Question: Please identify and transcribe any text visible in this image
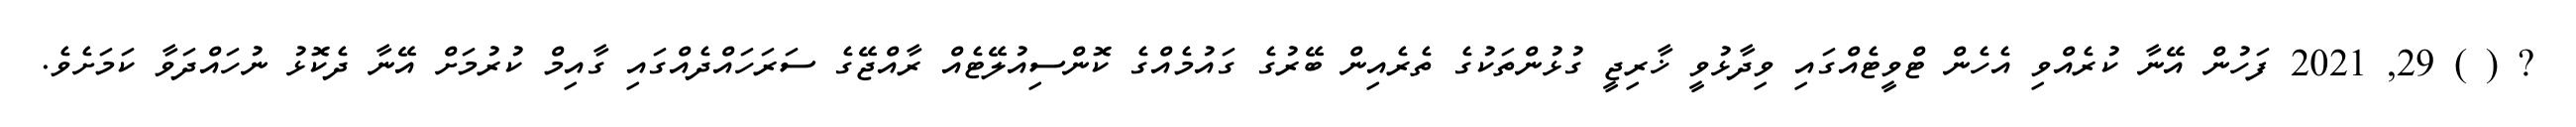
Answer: ? ( ) 29, 2021 ފަހުން އޭނާ ކުރެއްވި އެހެން ޓްވީޓެއްގައި ވިދާޅުވީ ޚާރިޖީ ގުޅުންތަކުގެ ތެރެއިން ބޭރުގެ ގައުމެއްގެ ކޮންސިއުލޭޓެއް ރާއްޖޭގެ ސަރަހައްދެއްގައި ގާއިމް ކުރުމަށް އޭނާ ދެކޮޅު ނުހައްދަވާ ކަމަށެވެ.